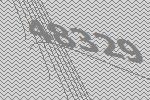
48329